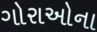
ગોરાઓના